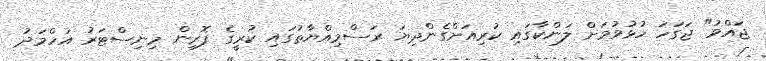
ޖައްވު" ޖަގަހަ ހުޅުވުމަށް ލަންކާގައި ކުރިއަށްގެންދިޔަ ރަސްމިއްޔާތުގައި ކުރީގެ ފޮރިން މިނިސްޓަރު އަހްމަދު